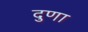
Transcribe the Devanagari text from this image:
दुणा